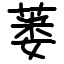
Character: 蒌